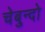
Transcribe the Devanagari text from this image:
चेबुन्दो